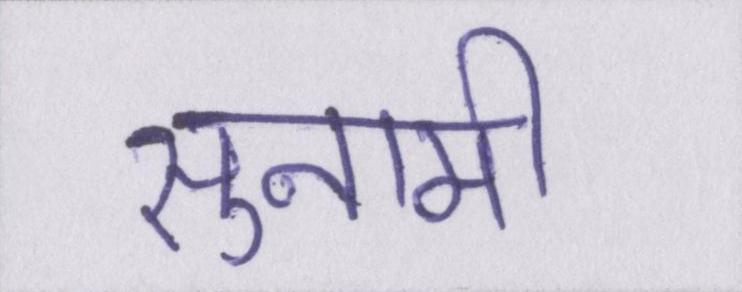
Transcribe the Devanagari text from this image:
सुनामी